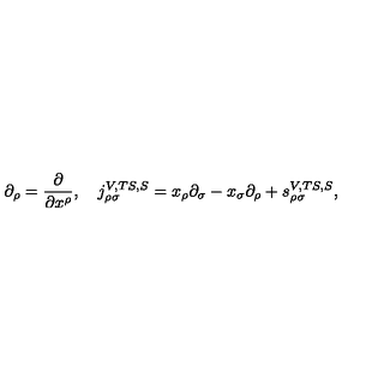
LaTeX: \partial _ { \rho } = \frac \partial { \partial x ^ { \rho } } , \quad j _ { \rho \sigma } ^ { V , T S , S } = x _ { \rho } \partial _ { \sigma } - x _ { \sigma } \partial _ { \rho } + s _ { \rho \sigma } ^ { V , T S , S } ,